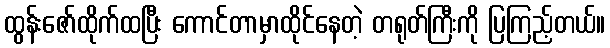
ထွန်းဇော်ထိုက်ထပြီး ကောင်တာမှာထိုင်နေတဲ့ တရုတ်ကြီးကို ပြကြည့်တယ်။